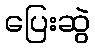
ပြေးဆွဲ